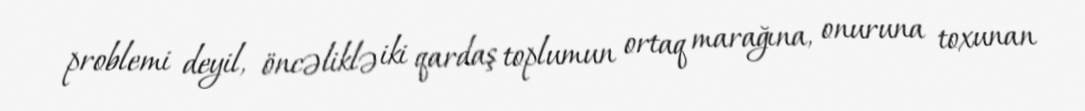
problemi deyil, öncəliklə iki qardaş toplumun ortaq marağına, onuruna toxunan